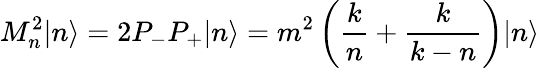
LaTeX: M_{n}^{2}|n\rangle=2P_{-}P_{+}|n\rangle={m^{2}}\left({\frac{k}{n}}+{\frac{k}{k-n}}\right)|n\rangle